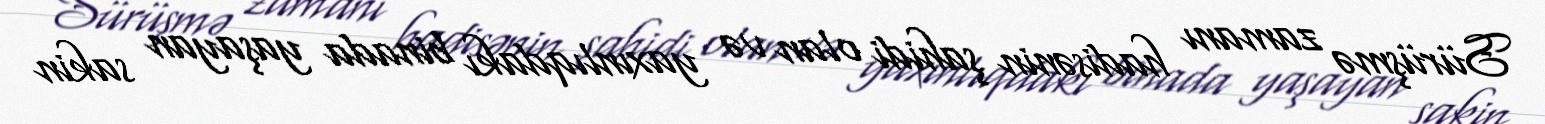
Sürüşmə zamanı hadisənin şahidi olan və yaxınlıqdakı binada yaşayan sakin